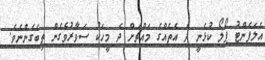
އެލަފެންޓު ޕޯލޯ ކުޅެނީ ދެ އެތެއްގެ މައްޗަށް ދެ މީހަކު ސަވާރުވެގެން ތިބެގެންނެވެ.